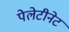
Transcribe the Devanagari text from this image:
पेलेटीनेट